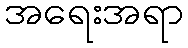
အရေးအရာ